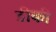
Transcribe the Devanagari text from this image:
डीकी